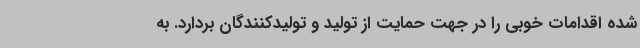
شده اقدامات خوبی را در جهت حمایت از تولید و تولیدکنندگان بردارد. به